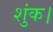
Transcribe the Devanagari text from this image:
शुंक।